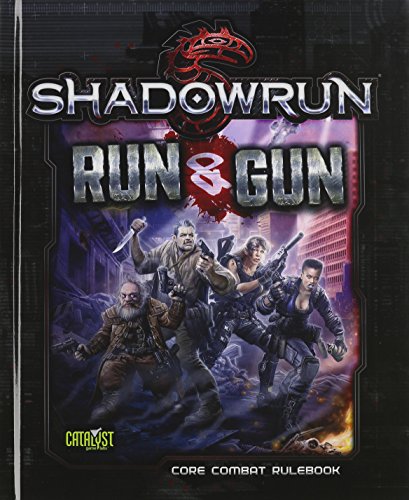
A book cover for Shadowrun: Run and Gun; Science Fiction & Fantasy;